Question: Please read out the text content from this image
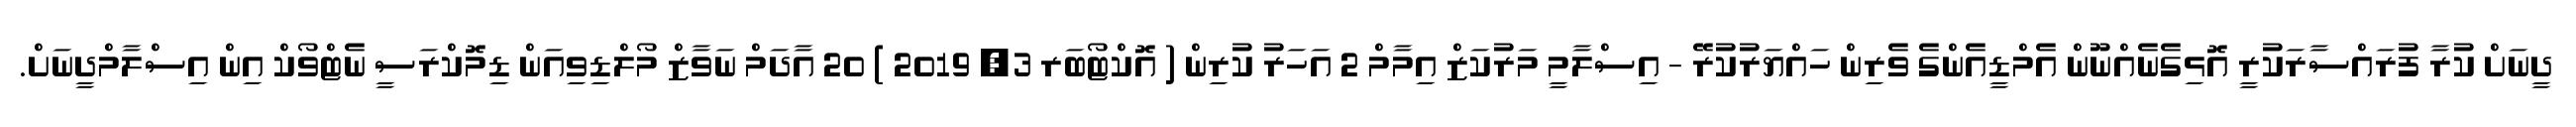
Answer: ދީނަށް ކުރާ ފުރައްސާރަކުރީ އޮޅިގެނެއްނޫން އެމްޑީއެންގެ ވެރިން ހައްޔަރުކުރޭ - އިސްލާމީ މަރުކަޒް އިމާމް 2 އަހަރު ކުރިން ( އޮކްޓޯބަރ 3, 2019 ) 20 އާދަމް ނަވާޒް މޯލްޑިވިއަން ޑިމޮކްރަސީ ނެޓްވޯކް އިން އިސްލާމްދީނަށް.